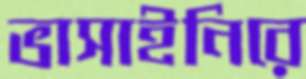
ভাসাইনিরে